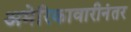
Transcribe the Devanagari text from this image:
अमेरिकावारीनंतर